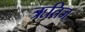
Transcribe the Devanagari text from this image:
ऋतिज